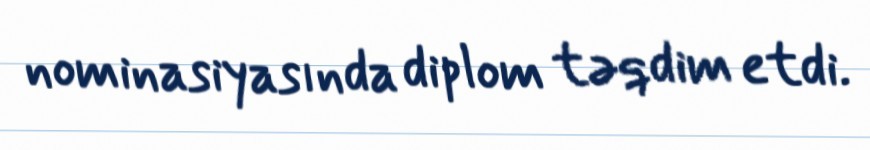
nominasiyasında diplom təqdim etdi.